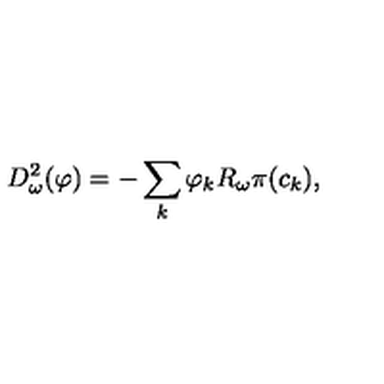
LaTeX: D _ { \omega } ^ { 2 } ( \varphi ) = - \sum _ { k } \varphi _ { k } R _ { \omega } \pi ( c _ { k } ) ,